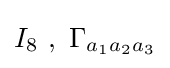
I_{8}~,~\Gamma _{a_{1}a_{2}a_{3}}